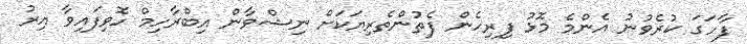
ފާހަގަ ކުރެވުނު އެންމެ މޮޅު ފިރިހެން ފެތުންތެރިޔަކަށް ނިޝްވާން އިބްރާހިމް ހޮވިފައިވާ އިރު